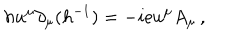
h u ^ { \mu } \partial _ { \mu } ( h ^ { - 1 } ) = - i { \mathrm { e } } u ^ { \mu } A _ { \mu } \, ,